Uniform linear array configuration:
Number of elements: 4
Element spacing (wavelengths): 0.25
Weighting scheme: exponential
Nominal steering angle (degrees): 0
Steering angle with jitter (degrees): -0.05514
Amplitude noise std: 0.05
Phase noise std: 0.05

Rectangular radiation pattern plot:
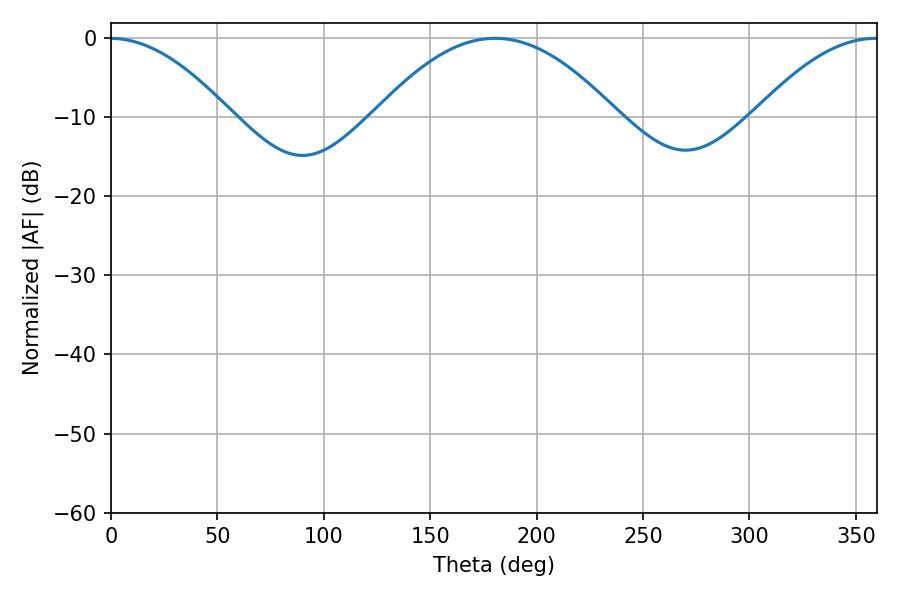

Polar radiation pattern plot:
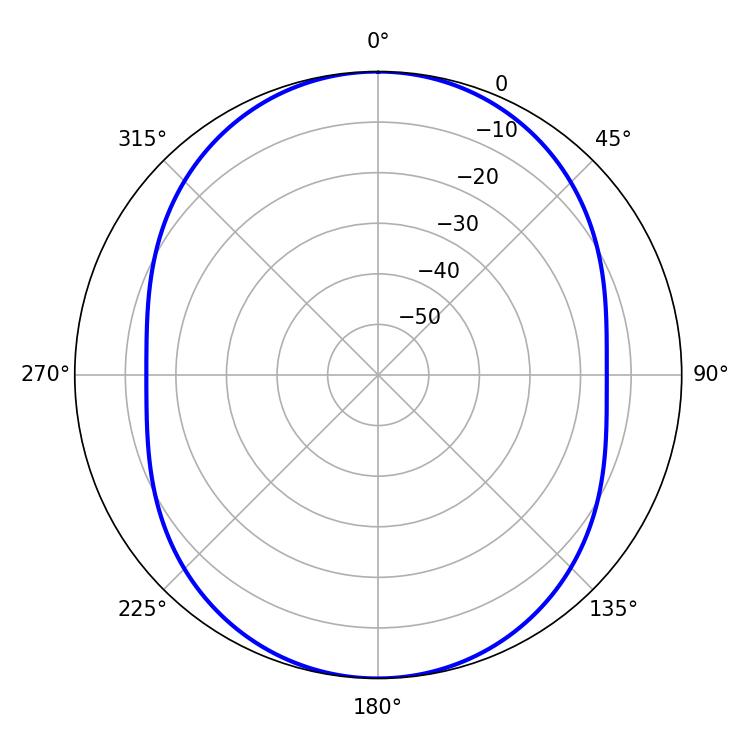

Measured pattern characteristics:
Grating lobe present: FALSE
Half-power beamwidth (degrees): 62.28
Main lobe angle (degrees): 180.54